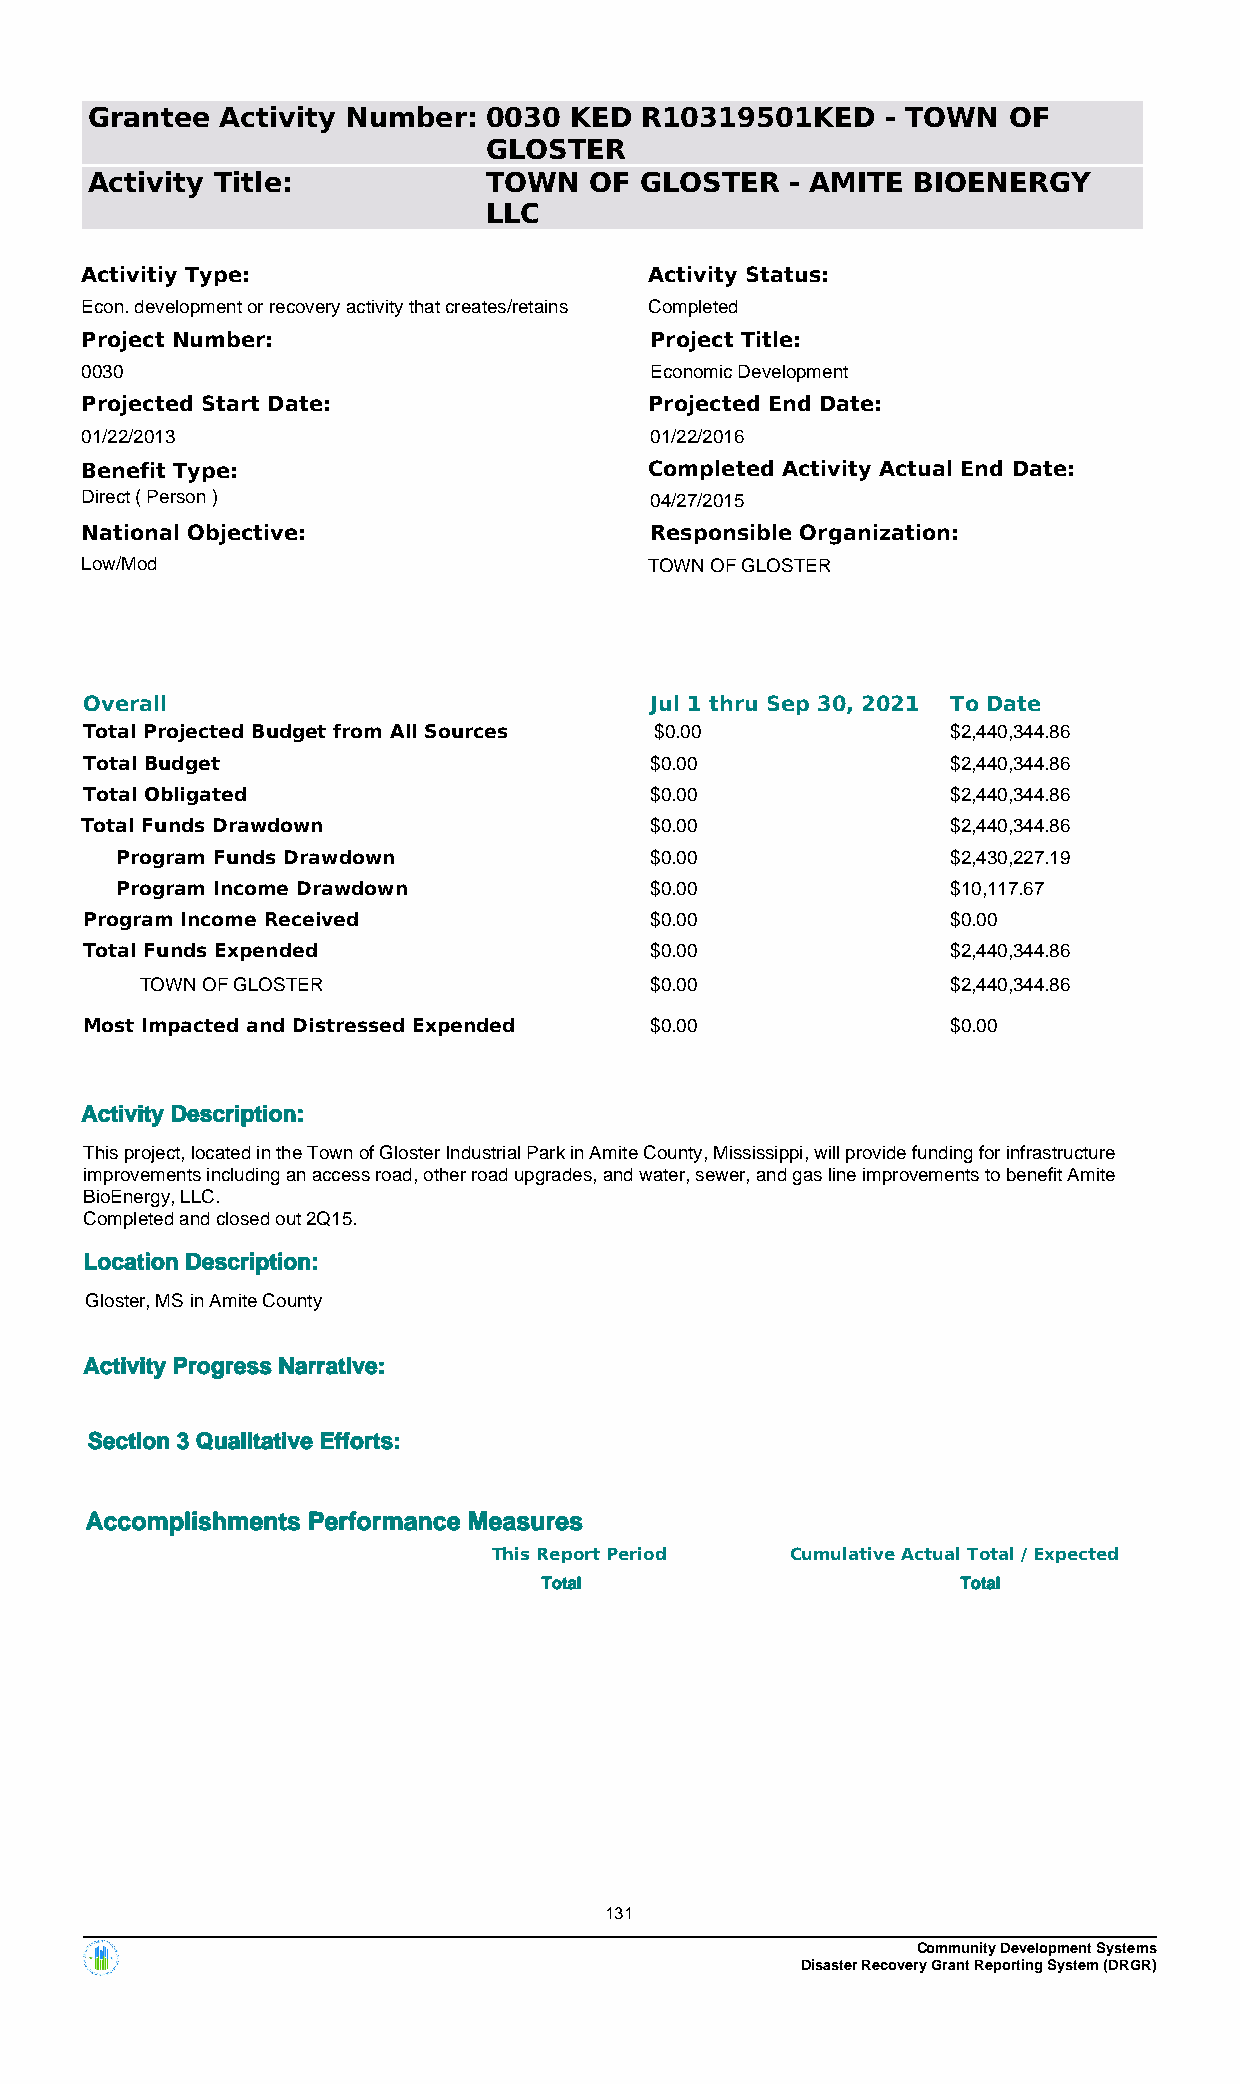
Grantee  Activity Number: 0030  KED R10319501KED     - TOWN  OF
 GLOSTER
 Activity Title:           TOWN   OF GLOSTER   - AMITE  BIOENERGY
 LLC
 Activitiy Type:                       Activity Status:
 Econ. development or recovery activity that creates/retains Completed
 Project Number:                       Project Title:
 0030                                  Economic Development
 Projected Start Date:                 Projected End Date:
 01/22/2013                            01/22/2016
 Benefit Type:                         Completed Activity Actual End Date:
 Direct ( Person )                     04/27/2015
 National Objective:                   Responsible Organization:
 Low/Mod                               TOWN OF GLOSTER
 Overall                              Jul 1 thru Sep 30, 2021 To Date
 Total Projected Budget from All Sources $0.00            $2,440,344.86
 Total Budget                         $0.00               $2,440,344.86
 Total Obligated                      $0.00               $2,440,344.86
 Total Funds Drawdown                  $0.00               $2,440,344.86
 Program Funds Drawdown             $0.00               $2,430,227.19
 Program Income Drawdown            $0.00               $10,117.67
 Program Income Received              $0.00               $0.00
 Total Funds Expended                 $0.00               $2,440,344.86
 TOWN OF GLOSTER                   $0.00               $2,440,344.86
 Most Impacted and Distressed Expended $0.00              $0.00
 Activity Description:
 This project, located in the Town of Gloster Industrial Park in Amite County, Mississippi, will provide funding for infrastructure
 improvements including an access road, other road upgrades, and water, sewer, and gas line improvements to benefit Amite
 BioEnergy, LLC.
 Completed and closed out 2Q15.
 Location Description:
 Gloster, MS in Amite County
 Activity Progress Narrative:
 Section 3 Qualitative Efforts:
 Accomplishments Performance Measures
 This Report Period Cumulative Actual Total / Expected
 Total                       Total
 131
 Community Development Systems
 Disaster Recovery Grant Reporting System (DRGR)